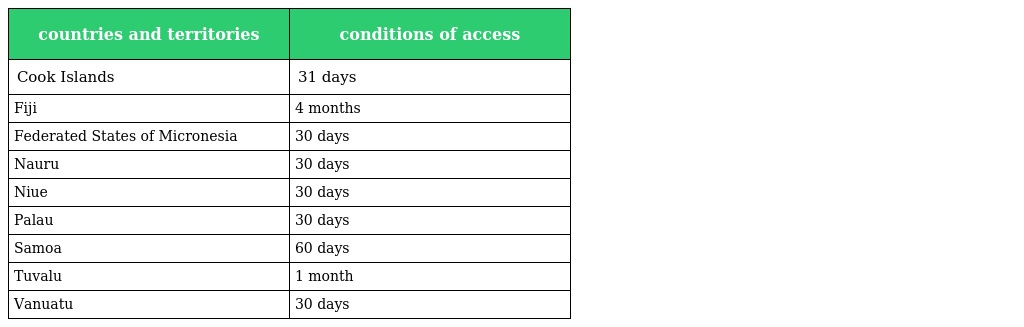
| countries and territories | conditions of access |
 | --- | --- |
 | Cook Islands | 31 days |
 | Fiji | 4 months |
 | Federated States of Micronesia | 30 days |
 | Nauru | 30 days |
 | Niue | 30 days |
 | Palau | 30 days |
 | Samoa | 60 days |
 | Tuvalu | 1 month |
 | Vanuatu | 30 days |